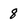
Character: 8